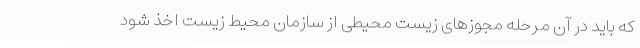
که باید در آن مرحله مجوزهای زیست محیطی از سازمان محیط زیست اخذ شود